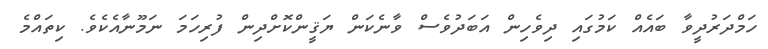
ހަމްދަރުދީވާ ބައެއް ކަމުގައި ދިވެހިން އަބަދުވެސް ވާނެކަން ޔަޤީންކޮށްދިން ފުރިހަމަ ނަމޫނާއެކެވެ. ކިތައްމެ